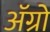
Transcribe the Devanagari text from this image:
अॅग्रो